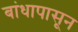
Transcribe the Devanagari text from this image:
बांधापासून